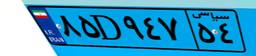
۸۵D۹۴۷۵۴